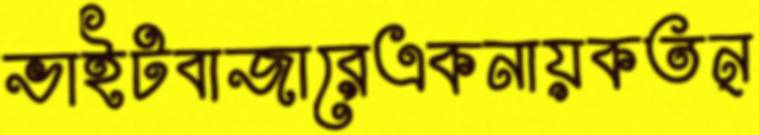
ভাইটবাজারেএকনায়কতন্